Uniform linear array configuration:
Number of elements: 4
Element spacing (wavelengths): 0.75
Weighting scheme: blackman
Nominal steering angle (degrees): -45
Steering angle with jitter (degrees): -44.553
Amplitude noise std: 0.05
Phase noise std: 0.05

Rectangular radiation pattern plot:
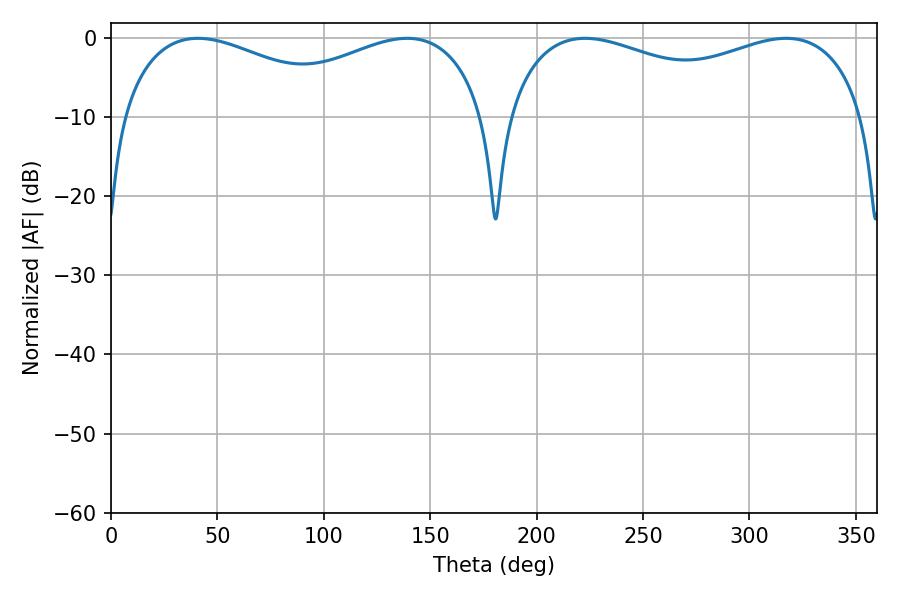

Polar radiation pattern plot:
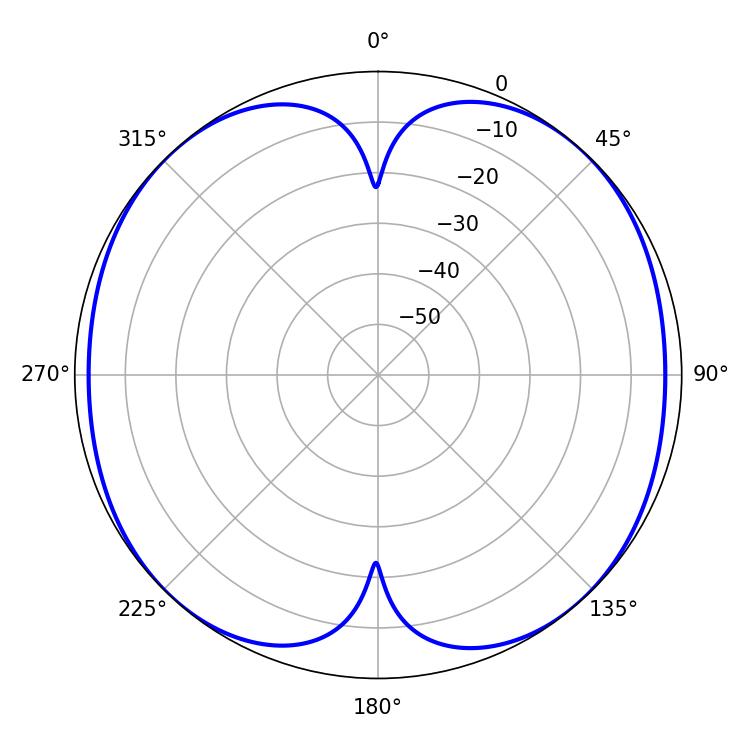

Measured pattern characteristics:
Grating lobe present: TRUE
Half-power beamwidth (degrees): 62.46
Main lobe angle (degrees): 40.86